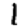
Digit: 1